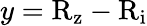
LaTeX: y=\mathrm{R_{z}-R_{i}}